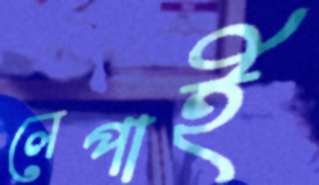
লেপাই